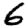
Digit: 6